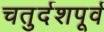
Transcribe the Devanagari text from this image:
चतुर्दशपूर्व